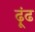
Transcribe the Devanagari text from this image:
ढ़ूंढ